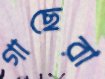
গাছেরা